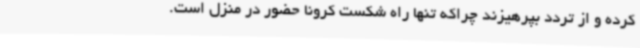
کرده و از تردد بپرهیزند چراکه تنها راه شکست کرونا حضور در منزل است.